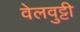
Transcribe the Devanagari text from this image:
वेलवुट्टी